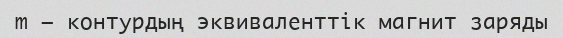
m — контурдың эквиваленттік магнит заряды